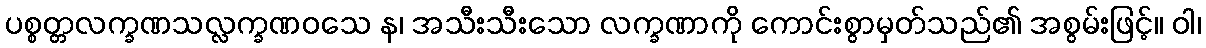
ပစ္စတ္တလက္ခဏသလ္လက္ခဏဝသေ န၊ အသီးသီးသော လက္ခဏာကို ကောင်းစွာမှတ်သည်၏ အစွမ်းဖြင့်။ ဝါ၊